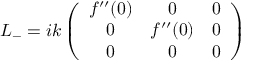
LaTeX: L _ { - } = i k \left( \begin{array} { c c c } { { f ^ { \prime \prime } ( 0 ) } } & { { 0 } } & { { 0 } } \\ { { 0 } } & { { f ^ { \prime \prime } ( 0 ) } } & { { 0 } } \\ { { 0 } } & { { 0 } } & { { 0 } } \end{array} \right)